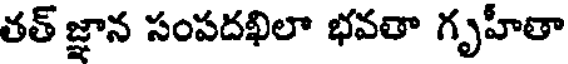
తత్ జ్ఞాన సంపదఖిలా భవతా గృహీతా